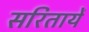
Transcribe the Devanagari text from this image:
सरितायें